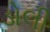
ડોલી